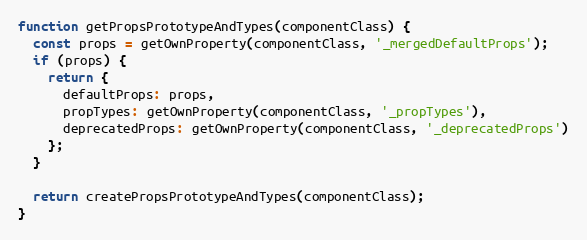
Language: JavaScript
function getPropsPrototypeAndTypes(componentClass) {
  const props = getOwnProperty(componentClass, '_mergedDefaultProps');
  if (props) {
    return {
      defaultProps: props,
      propTypes: getOwnProperty(componentClass, '_propTypes'),
      deprecatedProps: getOwnProperty(componentClass, '_deprecatedProps')
    };
  }

  return createPropsPrototypeAndTypes(componentClass);
}